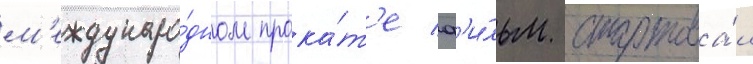
м'еждунаро́дном прока́т'е ф'и́льм стартова́л